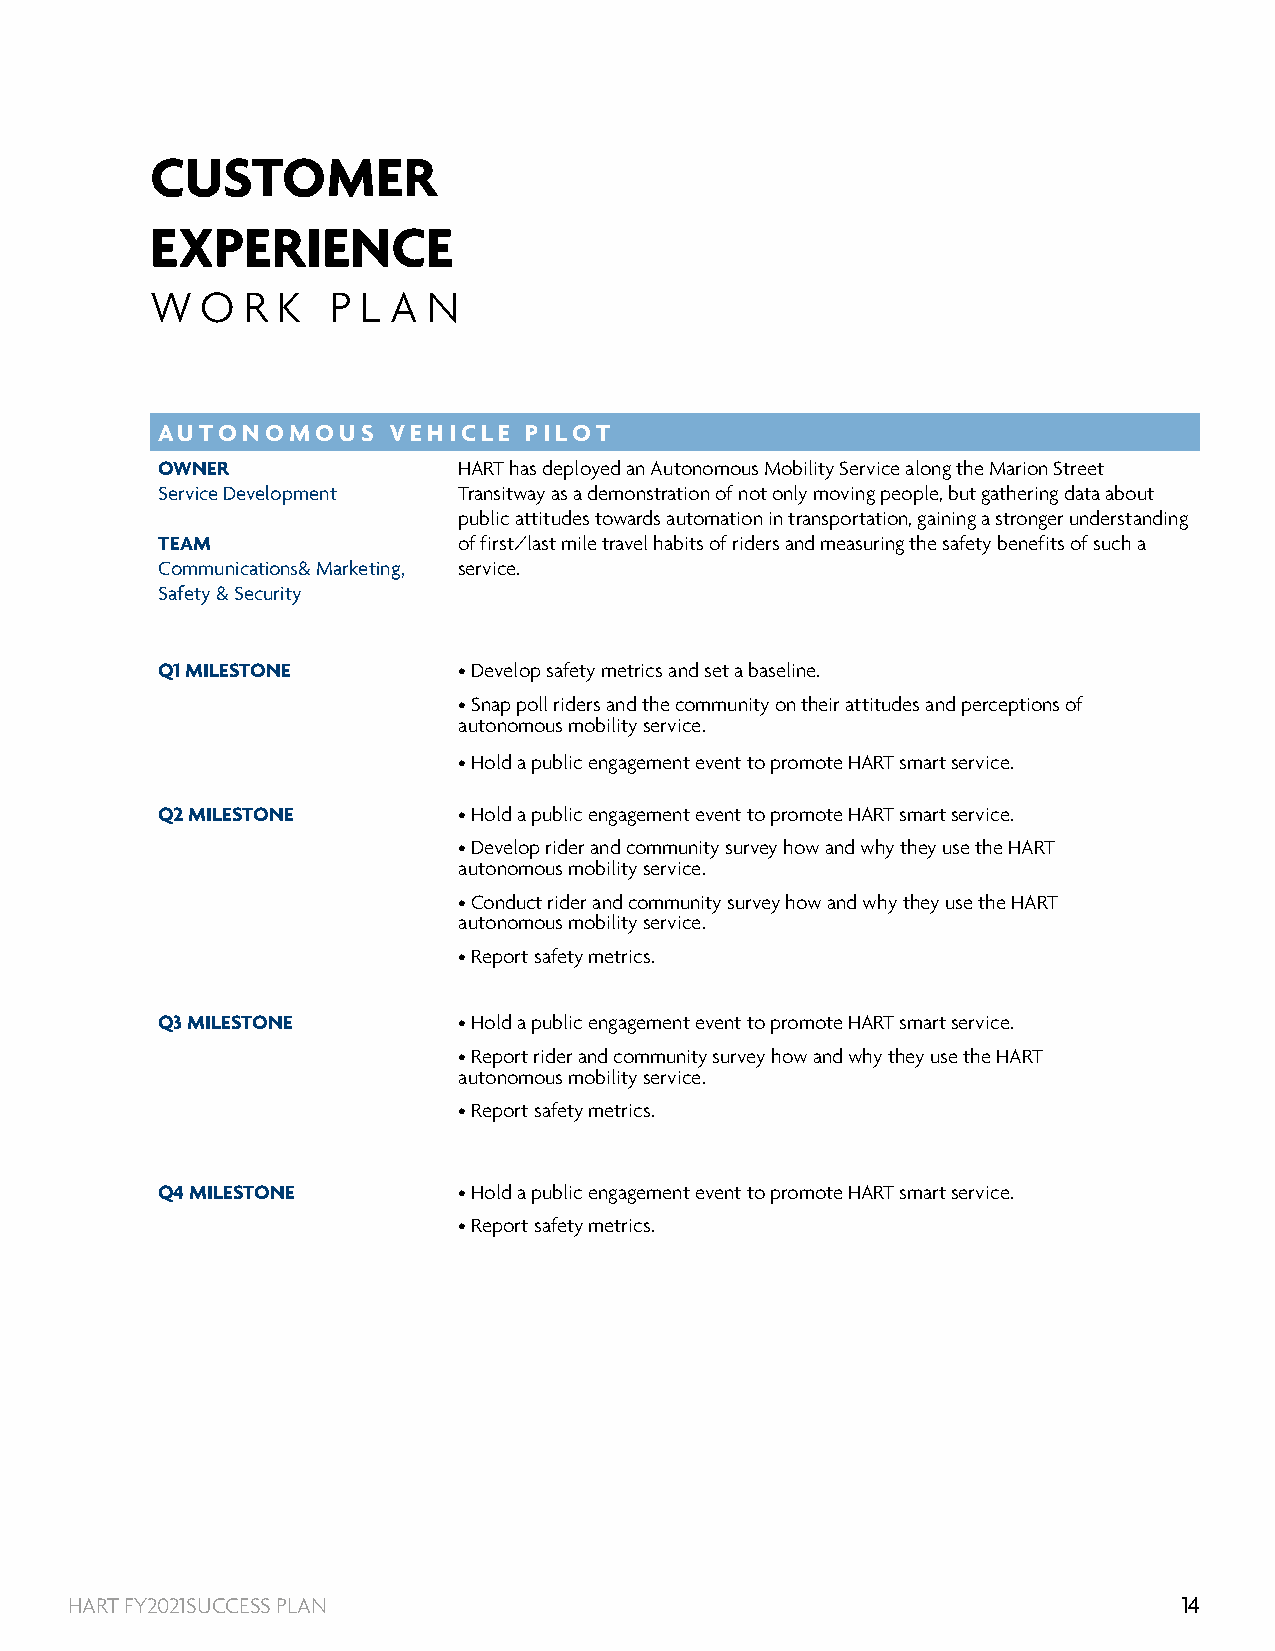
CUSTOMER
 EXPERIENCE
 W  O  R K   P L A N
 AUTONOMOUS      VEHICLE  PILOT
 OWNER               HART has deployed an Autonomous Mobility Service along the Marion Street
 Service Development Transitway as a demonstration of not only moving people, but gathering data about
 public attitudes towards automation in transportation, gaining a stronger understanding
 TEAM                of first/last mile travel habits of riders and measuring the safety benefits of such a
 Communications& Marketing, service.
 Safety & Security
 Q1 MILESTONE        • Develop safety metrics and set a baseline.
 • Snap poll riders and the community on their attitudes and perceptions of
 autonomous mobility service.
 • Hold a public engagement event to promote HART smart service.
 Q2 MILESTONE        • Hold a public engagement event to promote HART smart service.
 • Develop rider and community survey how and why they use the HART
 autonomous mobility service.
 • Conduct rider and community survey how and why they use the HART
 autonomous mobility service.
 • Report safety metrics.
 Q3 MILESTONE        • Hold a public engagement event to promote HART smart service.
 • Report rider and community survey how and why they use the HART
 autonomous mobility service.
 • Report safety metrics.
 Q4 MILESTONE        • Hold a public engagement event to promote HART smart service.
 • Report safety metrics.
 HART FY2021SUCCESS PLAN                                                   14